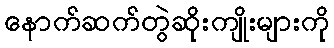
နောက်ဆက်တွဲဆိုးကျိုးများကို